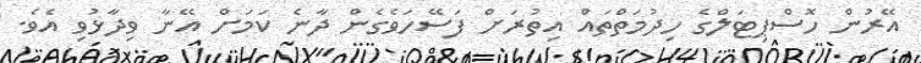
އޭރުން ހޮސްޕިޓަލްގެ ހިދުމަތްތައް އިތުރަށް ފަސޭހަވެގެން ދާނެ ކަމަށް އޭނާ ވިދާޅުވި އެވެ.